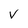
Character: V